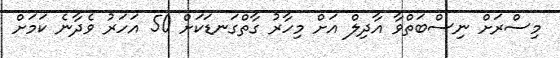
މިސްރަށް ނިސްބަތްވާ އާދިލް އަށް މިހާރު ގާތްގަނޑަކަށް 50 އަހަރު ވެދާނެ ކަމަށް